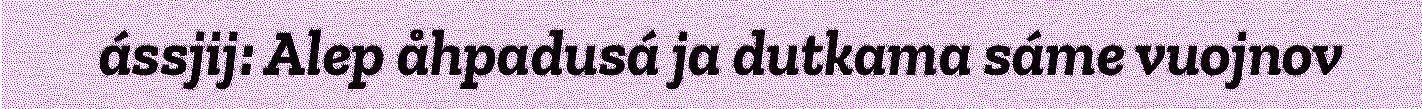
ássjij: Alep åhpadusá ja dutkama sáme vuojnov